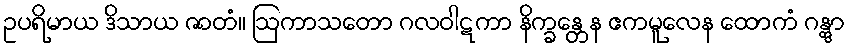
ဥပရိမာယ ဒိသာယ ဇာတံ။ ဩကာသတော ဂလဝါဋကာ နိက္ခန္တေန ဧကမူလေန ထောကံ ဂန္တွာ